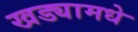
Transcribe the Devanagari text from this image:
खड्यामधे